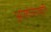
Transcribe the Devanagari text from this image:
आलोचनाकृति